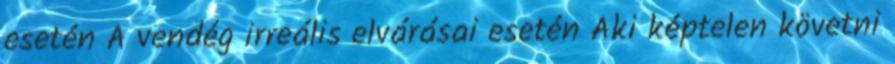
esetén A vendég irreális elvárásai esetén Aki képtelen követni